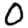
Digit: 0